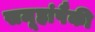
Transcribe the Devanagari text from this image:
समूहांपैकी